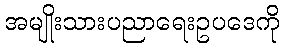
အမျိုးသားပညာရေးဥပဒေကို